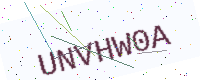
Text: UNVHW0A